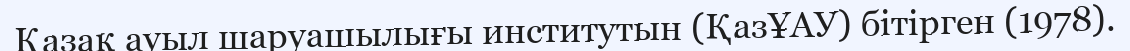
Қазақ ауыл шаруашылығы институтын (ҚазҰАУ) бітірген (1978).